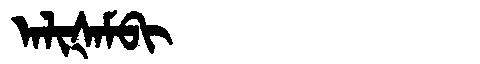
Manchu: ᠠᠯᡳᡧᠠᠮᠪᡳ
Romanization: ALIŠAMBI